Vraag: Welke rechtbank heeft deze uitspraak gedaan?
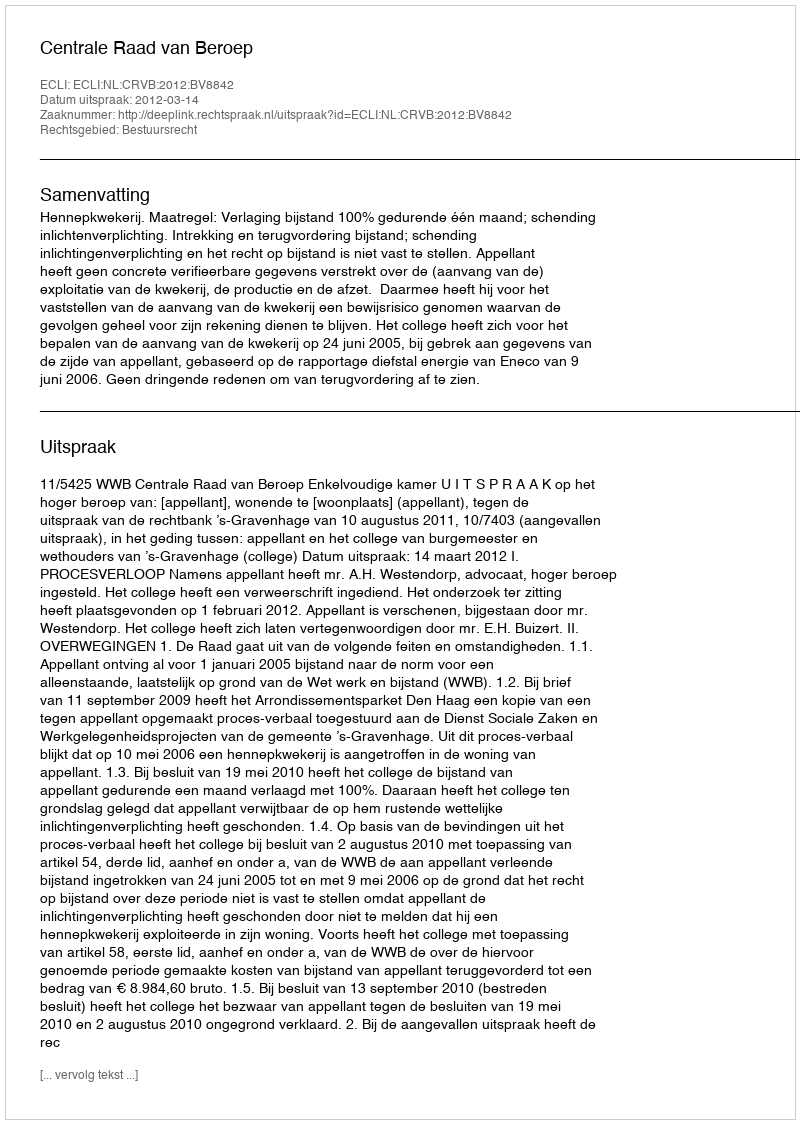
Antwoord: Centrale Raad van Beroep